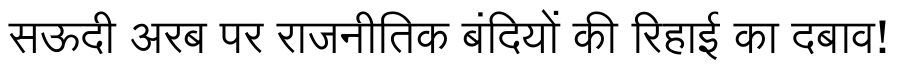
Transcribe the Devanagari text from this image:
सऊदी अरब पर राजनीतिक बंदियों की रिहाई का दबाव!